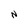
Character: N